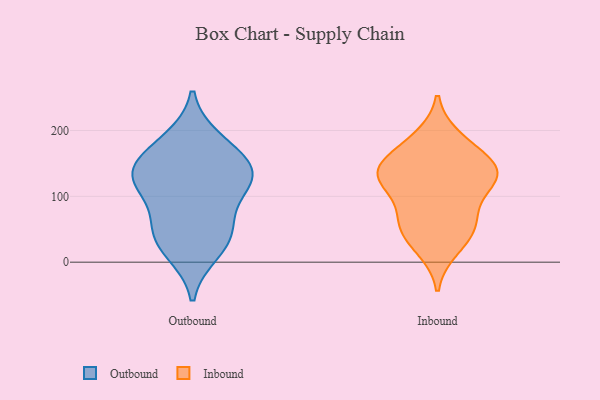
{"axis": {"x": "Operating Costs (USD K)", "y": "Value"}, "legend": ["Inbound", "Outbound"], "data": [{"x": "", "y": 33, "type": "Outbound"}, {"x": "", "y": 185, "type": "Outbound"}, {"x": "", "y": 118, "type": "Outbound"}, {"x": "", "y": 16, "type": "Outbound"}, {"x": "", "y": 123, "type": "Outbound"}, {"x": "", "y": 50, "type": "Outbound"}, {"x": "", "y": 126, "type": "Outbound"}, {"x": "", "y": 170, "type": "Outbound"}, {"x": "", "y": 144, "type": "Outbound"}, {"x": "", "y": 62, "type": "Outbound"}, {"x": "", "y": 134, "type": "Outbound"}, {"x": "", "y": 147, "type": "Inbound"}, {"x": "", "y": 39, "type": "Inbound"}, {"x": "", "y": 57, "type": "Inbound"}, {"x": "", "y": 21, "type": "Inbound"}, {"x": "", "y": 188, "type": "Inbound"}, {"x": "", "y": 122, "type": "Inbound"}, {"x": "", "y": 122, "type": "Inbound"}, {"x": "", "y": 140, "type": "Inbound"}, {"x": "", "y": 143, "type": "Inbound"}, {"x": "", "y": 63, "type": "Inbound"}, {"x": "", "y": 138, "type": "Inbound"}, {"x": "", "y": 70, "type": "Inbound"}, {"x": "", "y": 118, "type": "Inbound"}, {"x": "", "y": 177, "type": "Inbound"}]}